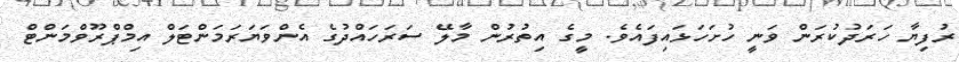
ރުފިޔާ ހަރަދުކުރަން ވަނީ ހުށަހަޅައިފައެވެ. މީގެ އިތުރުން މާލޭ ސަރަަހައްދުގެ އެންވަޔަރަމަންޓަލް އިމްޕްރޫވްމަންޓް